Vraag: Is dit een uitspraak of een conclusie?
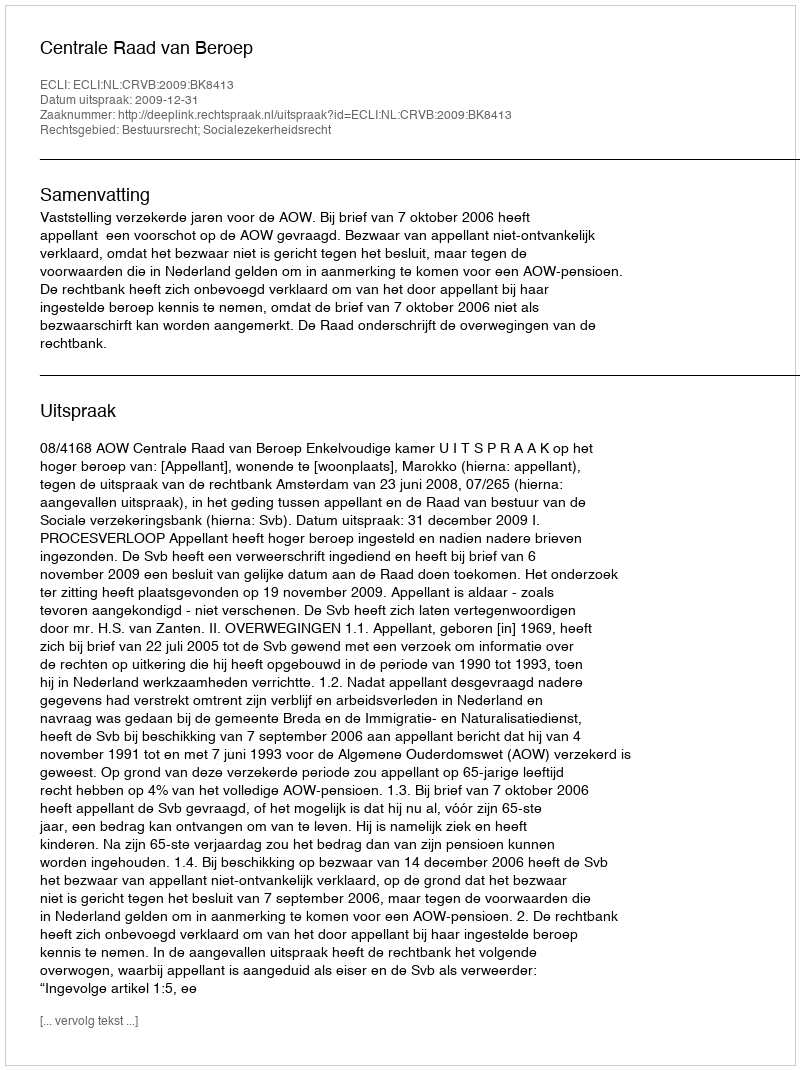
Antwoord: Uitspraak